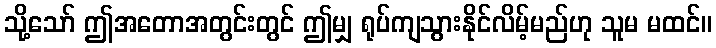
သို့သော် ဤအတောအတွင်းတွင် ဤမျှ ရုပ်ကျသွားနိုင်လိမ့်မည်ဟု သူမ မထင်။